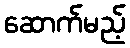
ဆောက်မည့်